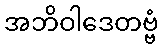
အဘိဝါဒေတဗ္ဗံ